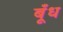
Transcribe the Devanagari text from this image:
बूँध